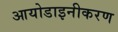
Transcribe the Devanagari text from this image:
आयोडाइनीकरण